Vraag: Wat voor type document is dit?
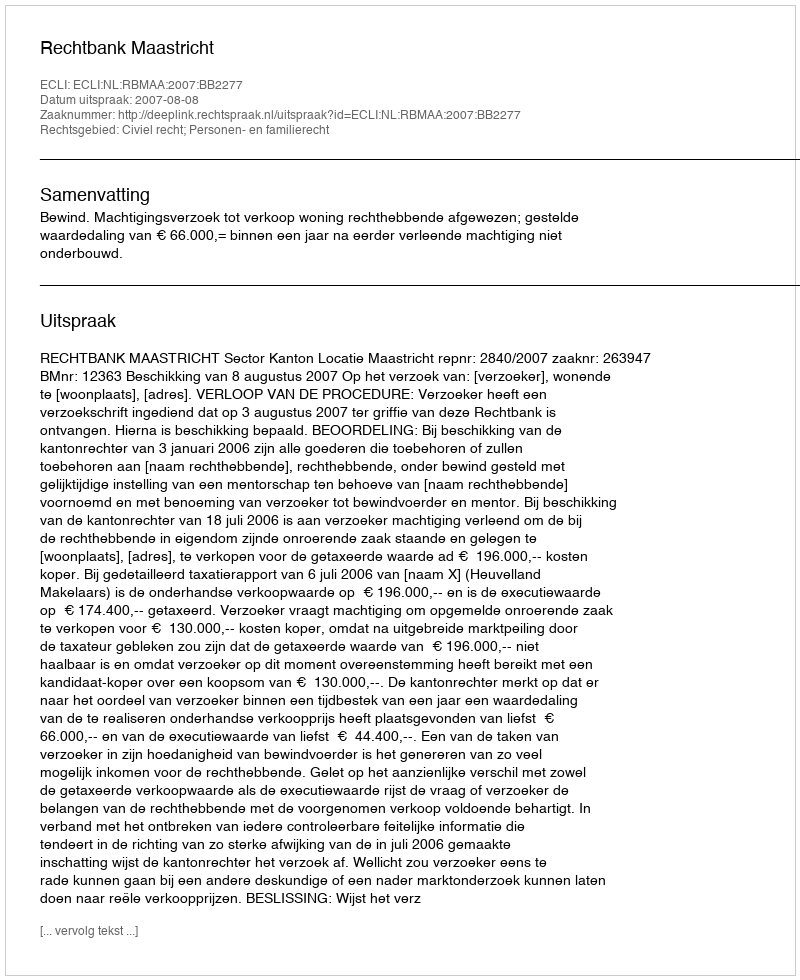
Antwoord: Uitspraak